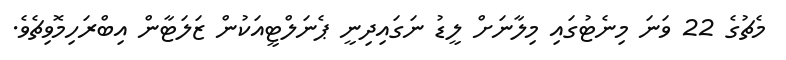
މެޗުގެ 22 ވަނަ މިނެޓުގައި މިލާނަށް ލީޑު ނަގައިދިނީ ޕެނަލްޓީއަކުން ޒަލަޓާން އިބްރަހިމޮވިޗެވެ.